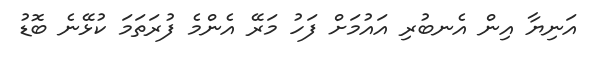
އަނިޔާ އިން އެނބުރި އައުމަށް ފަހު މަރޭ އެންމެ ފުރަތަމަ ކުޅޭނެ ބޮޑު